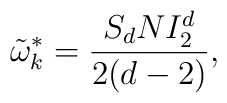
\tilde{\omega}^{*}_{k}=\frac{S_{d}NI_{2}^{d}}{2(d-2)},